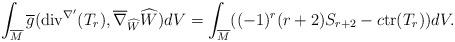
LaTeX: \begin{align*} \int_{\overline{M}}\overline{g}( \mathrm{div}^{\nabla'}(T_{r}),\overline{\nabla}_{\widehat{W}}\widehat{W})dV=\int_{\overline{M}}((-1)^{r}(r+2)S_{r+2}-c\mathrm{tr}(T_{r}))dV. \end{align*}